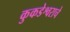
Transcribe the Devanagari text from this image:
कुकडेश्वराचे